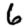
Digit: 6